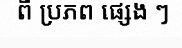
ពី ប្រភព ផ្សេង ៗ